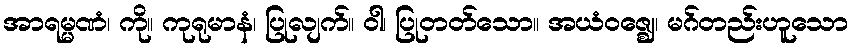
အာရမ္မဏံ၊ ကို။ ကုရုမာနံ၊ ပြုလျက်။ ဝါ၊ ပြုတတ်သော။ အယံဝဇ္ဈေ၊ မဂ်တည်းဟူသော